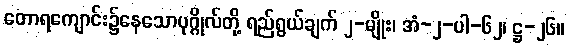
တောရကျောင်း၌နေသောပုဂ္ဂိုလ်တို့ ရည်ရွယ်ချက် ၂-မျိုး၊ အံ-၂-ပါ-၆၂၊ ဋ္ဌ-၂၆။